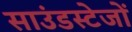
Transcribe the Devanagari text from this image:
साउंडस्टेजों